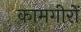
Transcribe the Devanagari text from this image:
कामगीरों